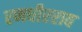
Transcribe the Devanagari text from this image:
रणधीरराव